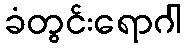
ခံတွင်းရောဂါ